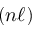
( n \ell )